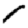
Digit: 1